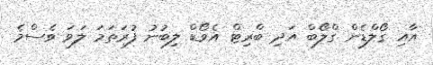
އާއި ގޯލްޑެން ގްލޯބް އަދި ބްރިޓް އެވޯޑް ލިބުނު ފުރަތަމަ ލަވަ ވެސްމެ